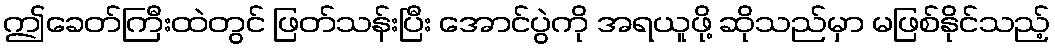
ဤခေတ်ကြီးထဲတွင် ဖြတ်သန်းပြီး အောင်ပွဲကို အရယူဖို့ ဆိုသည်မှာ မဖြစ်နိုင်သည့်